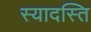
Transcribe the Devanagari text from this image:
स्यादस्ति